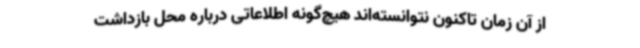
از آن زمان تاکنون نتوانسته‌اند هیچ‌گونه اطلاعاتی درباره محل بازداشت